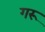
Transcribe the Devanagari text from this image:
गरू